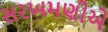
સરખમણીએ